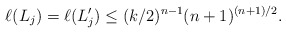
\begin{align*}\ell(L_j)=\ell(L_j')\leq (k/2)^{n-1}(n+1)^{(n+1)/2}.\end{align*}